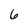
Character: 6